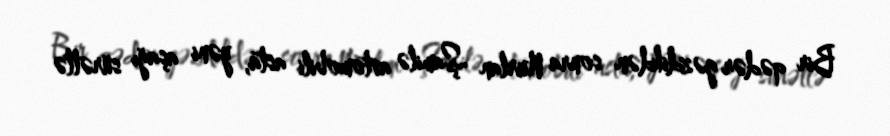
Bir qədər gəzdikdən sonra Nurlan Şamilə avtomobili asta, yəni aşağı sürətlə